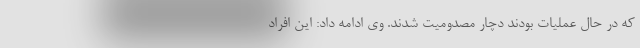
که در حال عملیات بودند دچار مصدومیت شدند. وی ادامه داد: این افراد